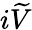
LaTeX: i\widetilde{V}